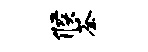
候荼